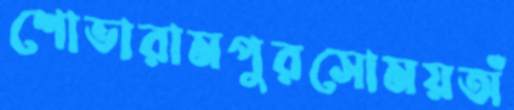
শোভারামপুরসোময়অঁ